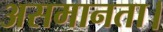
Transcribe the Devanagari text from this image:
असमानता।